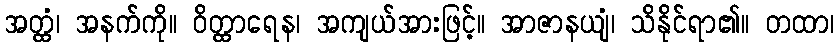
အတ္ထံ၊ အနက်ကို။ ဝိတ္ထာရေန၊ အကျယ်အားဖြင့်။ အာဇာနယျံ၊ သိနိုင်ရာ၏။ တထာ၊